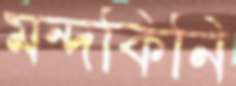
মন্দকিনি